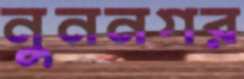
নুননগর